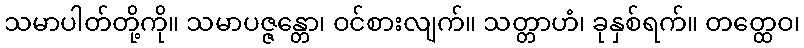
သမာပါတ်တို့ကို။ သမာပဇ္ဇန္တော၊ ဝင်စားလျက်။ သတ္တာဟံ၊ ခုနှစ်ရက်။ တတ္ထေဝ၊